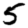
Digit: 5